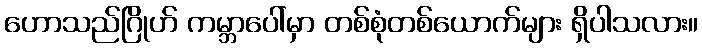
ဟောသည်ဂြိုဟ် ကမ္ဘာပေါ်မှာ တစ်စုံတစ်ယောက်များ ရှိပါသလား။